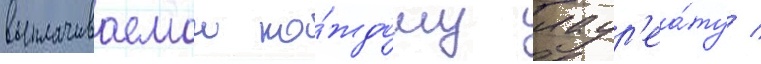
выплачиваемои ка́ждому лаур'еа́ту /